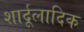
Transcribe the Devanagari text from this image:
शार्दूलादिक